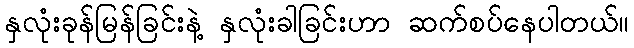
နှလုံးခုန်မြန်ခြင်းနဲ့ နှလုံးခါခြင်းဟာ ဆက်စပ်နေပါတယ်။